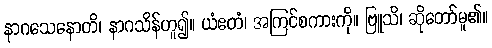
နာဂသေနောတိ၊ နာဂသိန်ဟူ၍။ ယံဧတံ၊ အကြင်စကားကို။ ဗြူသိ၊ ဆိုတော်မူ၏။